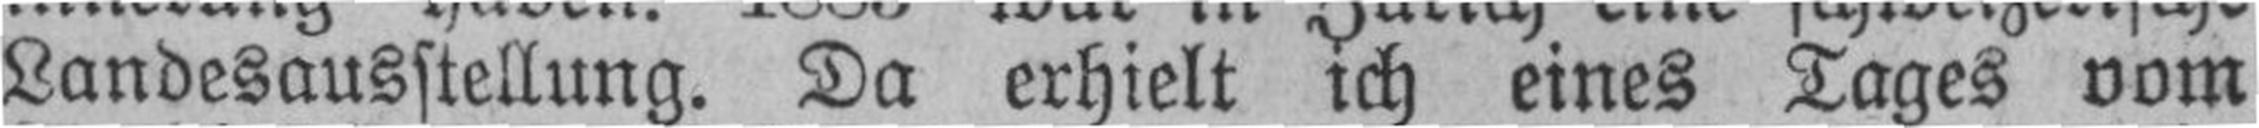
Landesausstellung. Da erhielt ich eines Tages vom